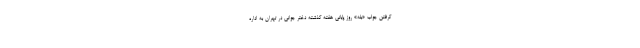
گرفتن جواب «بله» روز پایانی هفته گذشته دختر جوانی در تهران به اداره